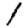
Digit: 1